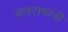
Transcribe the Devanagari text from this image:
बलरामाची